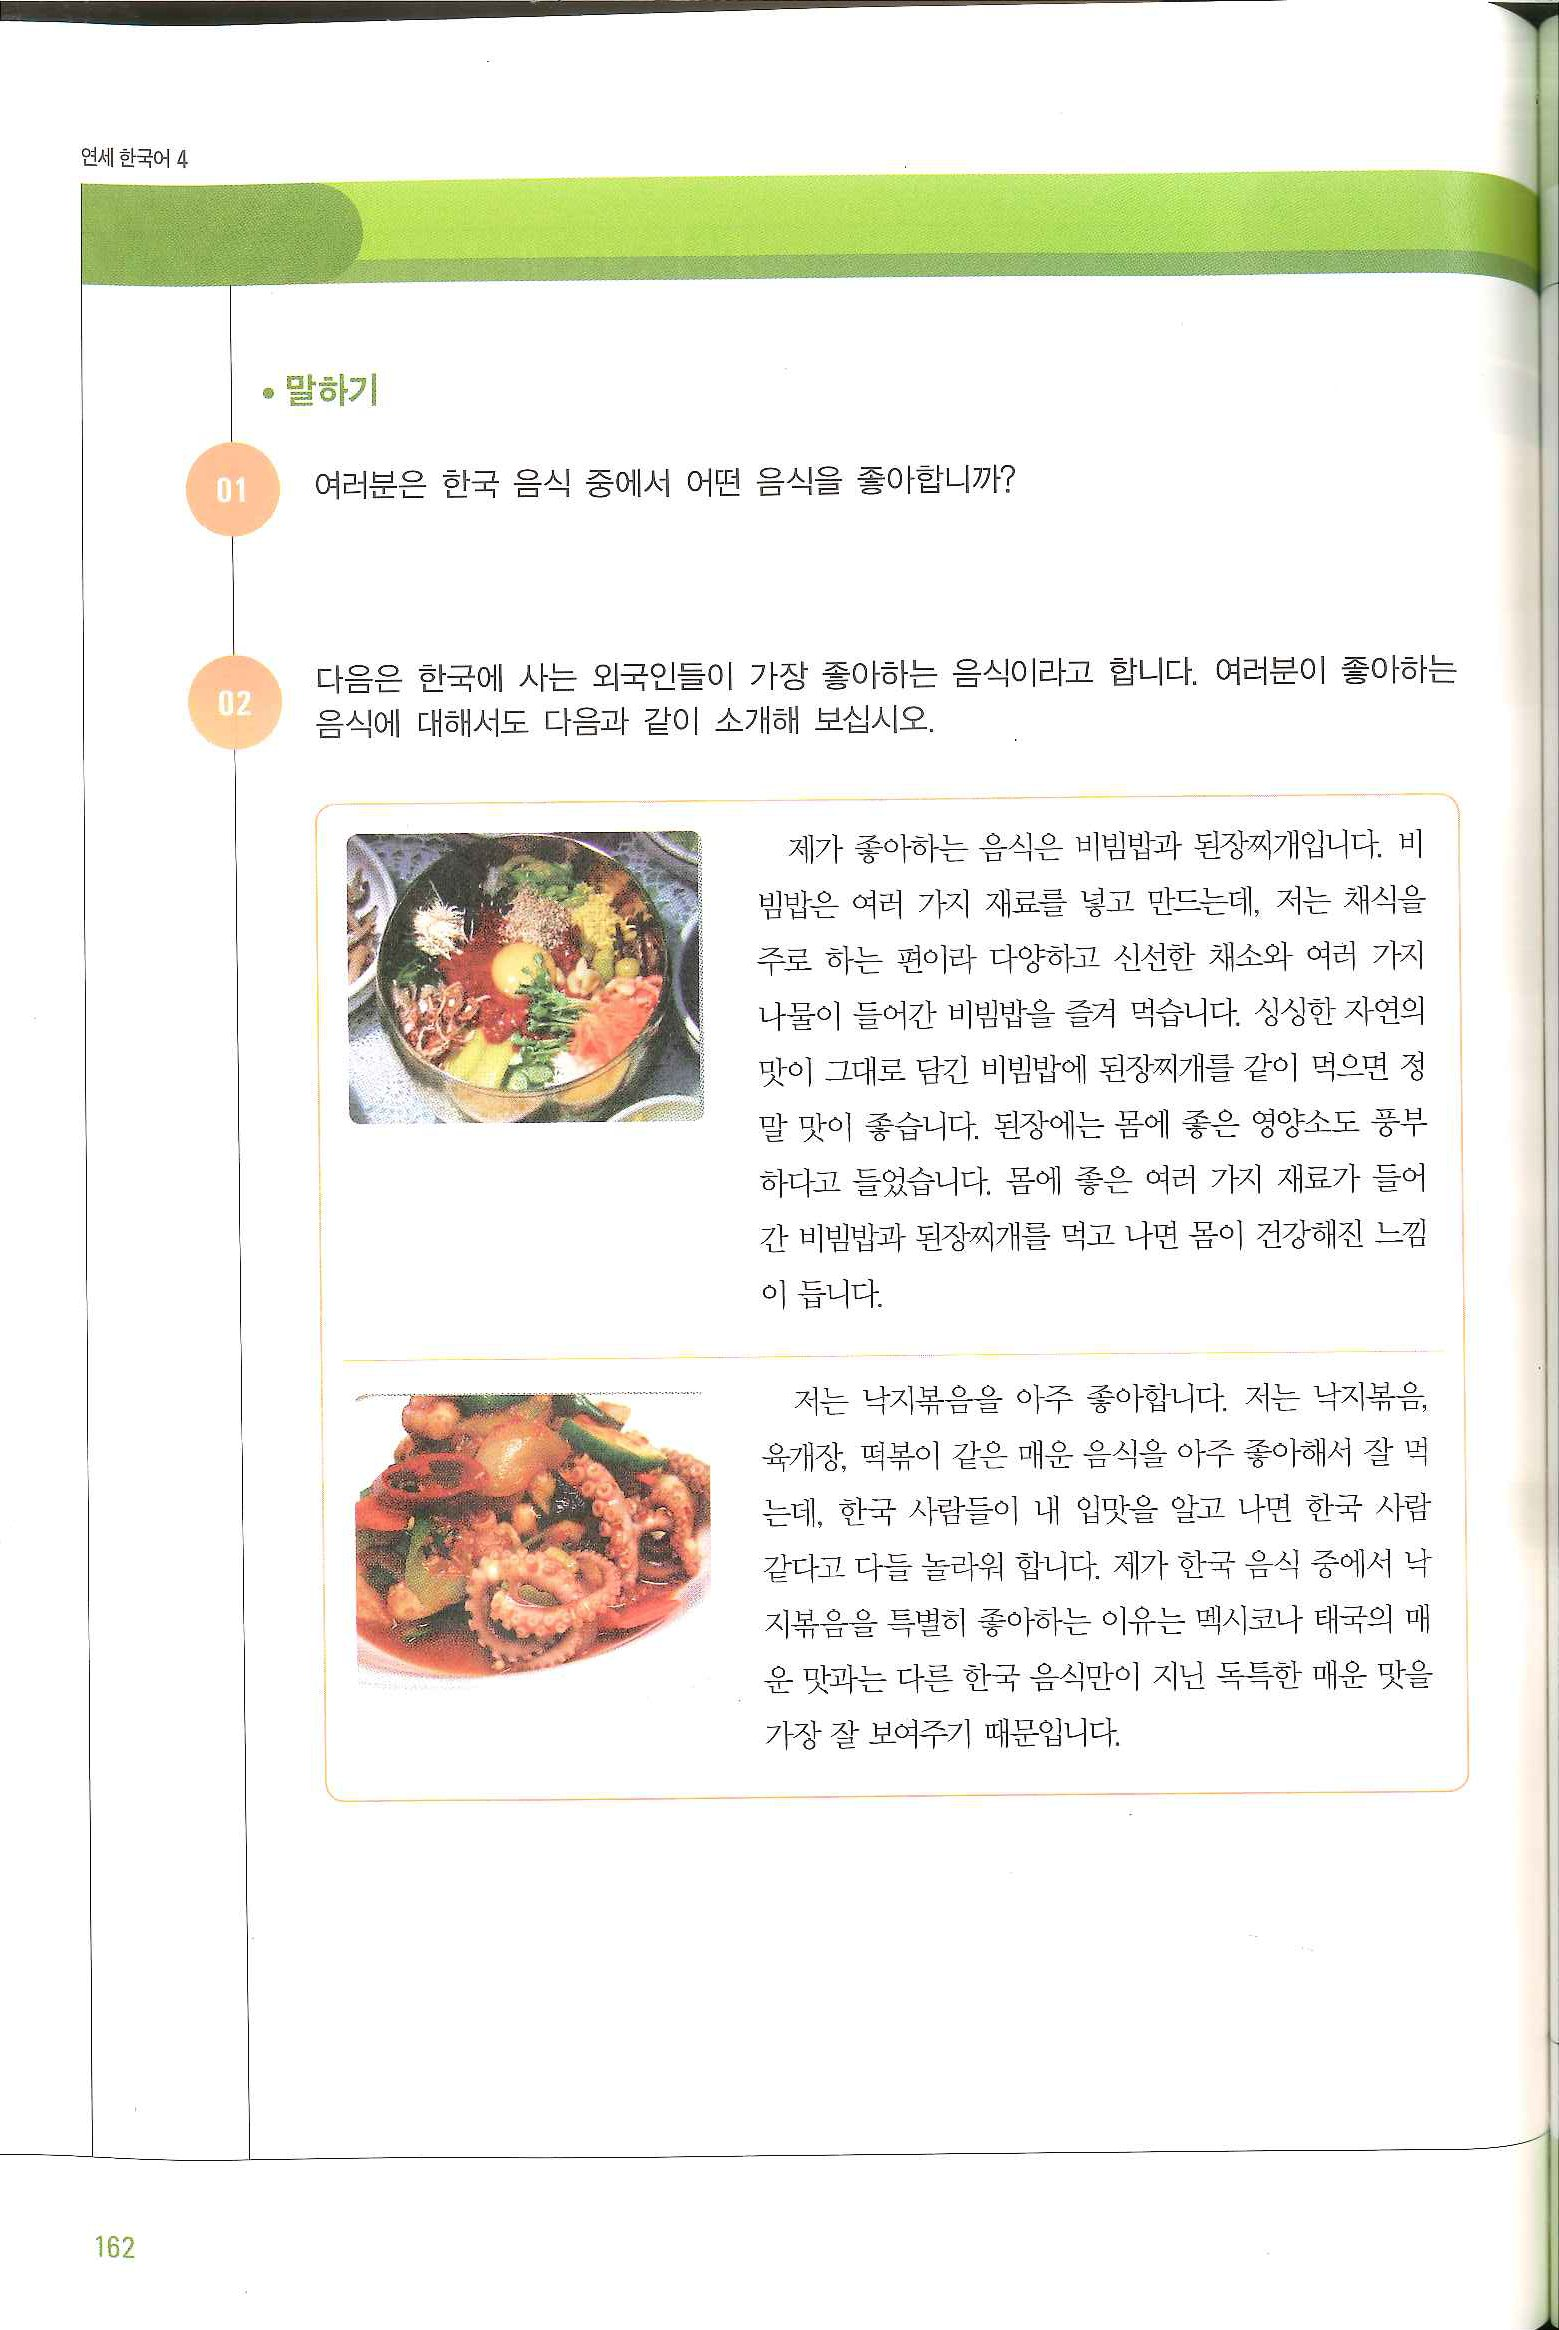
Language: ko